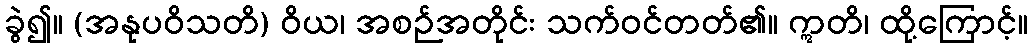
ခွဲ၍။ (အနုပဝိသတိ) ဝိယ၊ အစဉ်အတိုင်း သက်ဝင်တတ်၏။ ဣတိ၊ ထို့ကြောင့်။